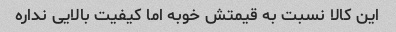
این کالا نسبت به قیمتش خوبه اما کیفیت بالایی نداره